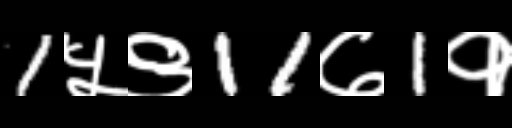
Text: 1५९11७1१